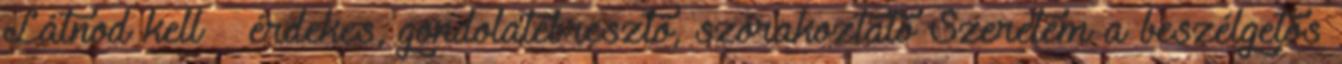
Látnod kell – érdekes, gondolatébresztő, szórakoztató Szeretem a beszélgetős